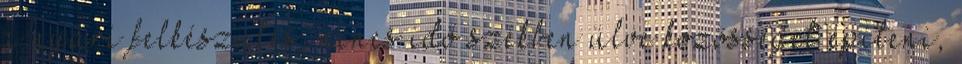
a nyári felkészülés, nincs idő székben ülve közösséget építeni,